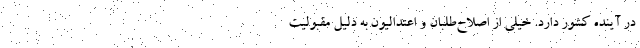
در آینده کشور دارد. خیلی از اصلاح‌طلبان و اعتدالیون به دلیل مقبولیت